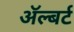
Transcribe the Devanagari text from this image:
अॅल्बर्ट